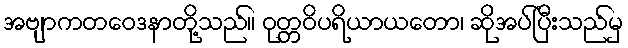
အဗျာကတဝေဒနာတို့သည်။ ဝုတ္တဝိပရိယာယတော၊ ဆိုအပ်ပြီးသည်မှ